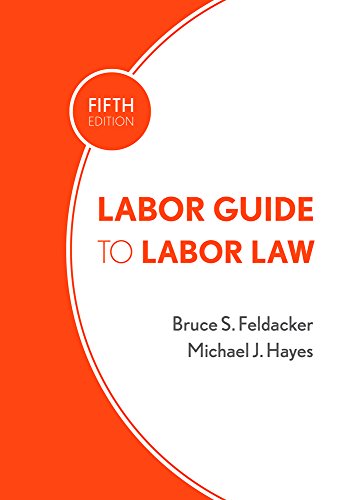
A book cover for Labor Guide to Labor Law; Bruce S. Feldacker; Business & Money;